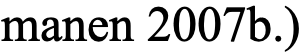
manen 2007b.)